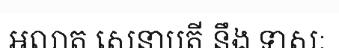
អលាត សេនាបតី នឹង ទាសៈ